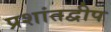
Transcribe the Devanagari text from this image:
प्रशांतद्वीप